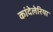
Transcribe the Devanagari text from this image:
कांदेलेरिया